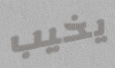
يخيب